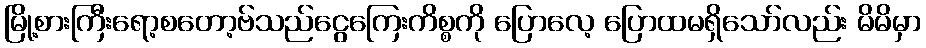
မြို့စားကြီးရော့စတော့ဗ်သည်ငွေကြေးကိစ္စကို ပြောလေ့ ပြောထမရှိသော်လည်း မိမိမှာ